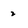
Character: 2